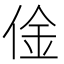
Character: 𠊄